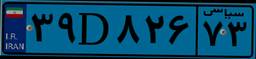
۸۴D۵۷۵۵۸